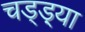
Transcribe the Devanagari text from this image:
चड्ड़्या